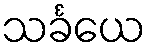
သင်္ခယေ